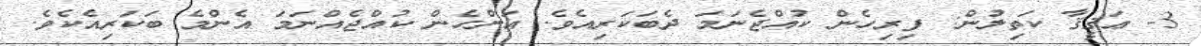
3- ޢަޤީޤާ ކަތިލުން: ފިރިހެން ކުއްޖެނަމަ ދެބަކަރިއެވެ. އަންހެން ކުއްޖެއްނަމަ އެންމެ ބަކަރިއެކެވެ.